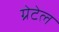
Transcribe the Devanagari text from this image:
ग्रेटेल